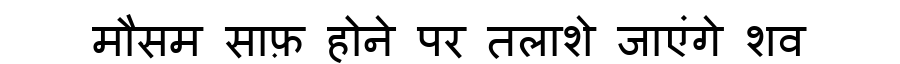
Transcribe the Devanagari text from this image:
मौसम साफ़ होने पर तलाशे जाएंगे शव